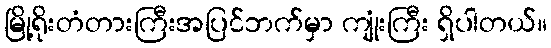
မြို့ရိုးတံတားကြီးအပြင်ဘက်မှာ ကျုံးကြီး ရှိပါတယ်။